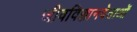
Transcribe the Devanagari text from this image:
जीवविज्ञानवेताओं